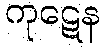
ကုဋေန